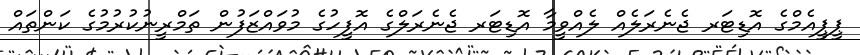
ޕީޕީއެމްގެ އޮޑިޓަރ ޖެނެރަލެއް ލެއްވީމާ އޮޑިޓަރ ޖެނެރަލްގެ އޮފީހުގެ މުވައްޒަފުން ތަމްރީނުކުރުމުގެ ކަންތައް